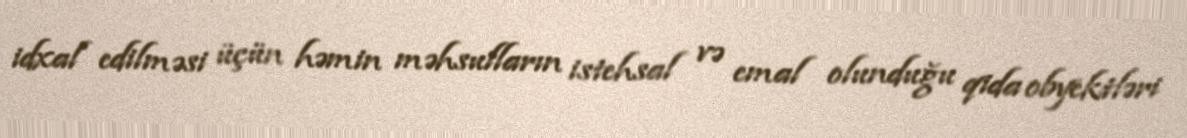
idxal edilməsi üçün həmin məhsulların istehsal və emal olunduğu qida obyektləri